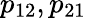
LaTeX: p_{12},p_{21}